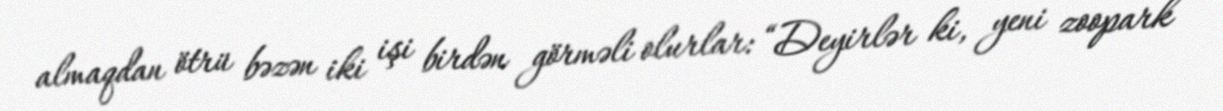
almaqdan ötrü bəzən iki işi birdən görməli olurlar: “Deyirlər ki, yeni zoopark